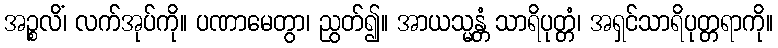
အဉ္စလိံ၊ လက်အုပ်ကို။ ပဏာမေတွာ၊ ညွတ်၍။ အာယသ္မန္တံ သာရိပုတ္တံ၊ အရှင်သာရိပုတ္တရာကို။